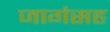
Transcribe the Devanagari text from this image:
जागंसह